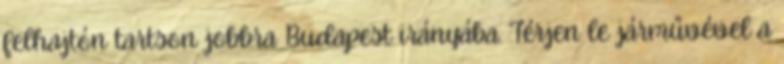
felhajtón tartson jobbra Budapest irányába. Térjen le járművével a